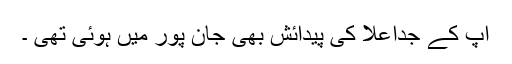
آپ کے جداعلا کی پیدائش بھی جان پور میں ہوئی تھی ۔